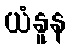
ယံနူန